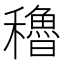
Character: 穭